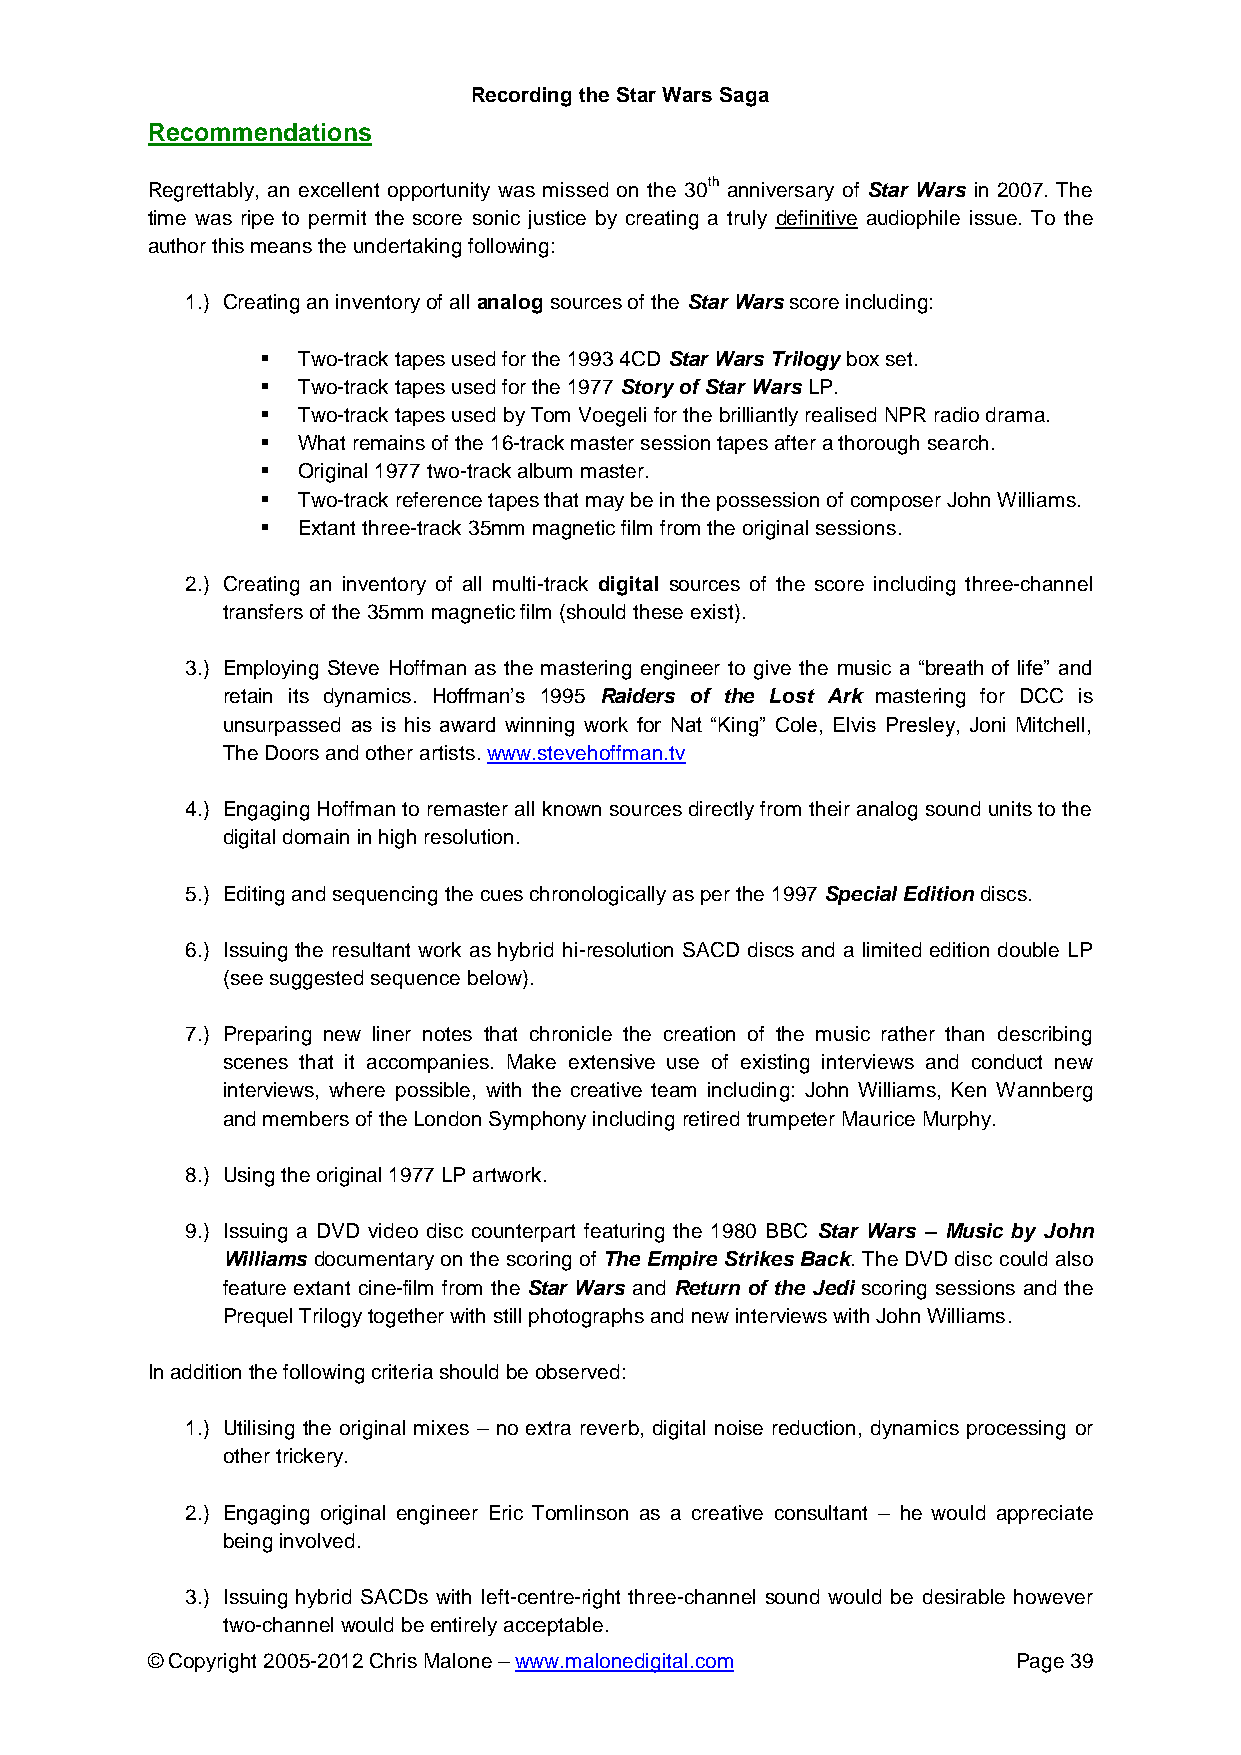
Recording the Star Wars Saga
 Recommendations
 Regrettably, an excellent opportunity was missed on the 30th anniversary of Star Wars in 2007. The
 time was ripe to permit the score sonic justice by creating a truly definitive audiophile issue. To the
 author this means the undertaking following:
 1.) Creating an inventory of all analog sources of the Star Wars score including:
   Two-track tapes used for the 1993 4CD Star Wars Trilogy box set.
   Two-track tapes used for the 1977 Story of Star Wars LP.
   Two-track tapes used by Tom Voegeli for the brilliantly realised NPR radio drama.
   What remains of the 16-track master session tapes after a thorough search.
   Original 1977 two-track album master.
   Two-track reference tapes that may be in the possession of composer John Williams.
   Extant three-track 35mm magnetic film from the original sessions.
 2.) Creating an inventory of all multi-track digital sources of the score including three-channel
 transfers of the 35mm magnetic film (should these exist).
 3.) Employing Steve Hoffman as the mastering engineer to give the music a “breath of life” and
 retain its dynamics. Hoffman’s 1995 Raiders of the Lost Ark mastering for DCC is
 unsurpassed as is his award winning work for Nat “King” Cole, Elvis Presley, Joni Mitchell,
 The Doors and other artists. www.stevehoffman.tv
 4.) Engaging Hoffman to remaster all known sources directly from their analog sound units to the
 digital domain in high resolution.
 5.) Editing and sequencing the cues chronologically as per the 1997 Special Edition discs.
 6.) Issuing the resultant work as hybrid hi-resolution SACD discs and a limited edition double LP
 (see suggested sequence below).
 7.) Preparing new liner notes that chronicle the creation of the music rather than describing
 scenes that it accompanies. Make extensive use of existing interviews and conduct new
 interviews, where possible, with the creative team including: John Williams, Ken Wannberg
 and members of the London Symphony including retired trumpeter Maurice Murphy.
 8.) Using the original 1977 LP artwork.
 9.) Issuing a DVD video disc counterpart featuring the 1980 BBC Star Wars – Music by John
 Williams documentary on the scoring of The Empire Strikes Back. The DVD disc could also
 feature extant cine-film from the Star Wars and Return of the Jedi scoring sessions and the
 Prequel Trilogy together with still photographs and new interviews with John Williams.
 In addition the following criteria should be observed:
 1.) Utilising the original mixes – no extra reverb, digital noise reduction, dynamics processing or
 other trickery.
 2.) Engaging original engineer Eric Tomlinson as a creative consultant – he would appreciate
 being involved.
 3.) Issuing hybrid SACDs with left-centre-right three-channel sound would be desirable however
 two-channel would be entirely acceptable.
 © Copyright 2005-2012 Chris Malone – www.malonedigital.com Page 39